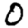
Digit: 0